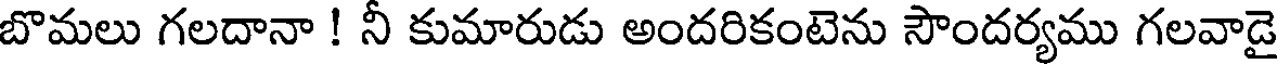
బొమలు గలదానా ! నీ కుమారుడు అందరికంటెను సౌందర్యము గలవాడై